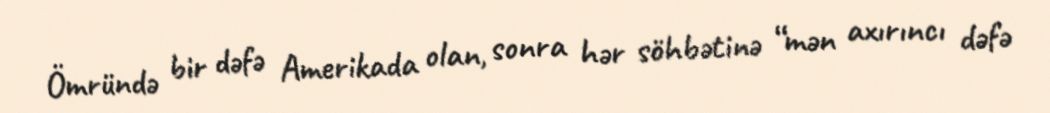
Ömründə bir dəfə Amerikada olan, sonra hər söhbətinə “mən axırıncı dəfə